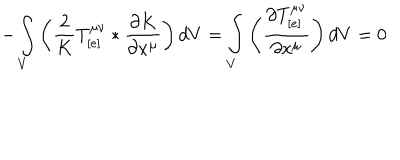
- \int _ { V } \left( \frac { 2 } { K } T _ { [ e ] } ^ { \mu \nu } * \frac { \partial K } { \partial x ^ { \mu } } \right) d V = \int _ { V } \left( \frac { \partial T _ { [ e ] } ^ { \mu \nu } } { \partial x ^ { \mu } } \right) d V = 0